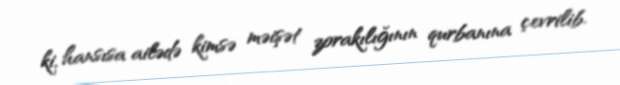
ki, hansısa ailədə kimsə məişət zorakılığının qurbanına çevrilib.